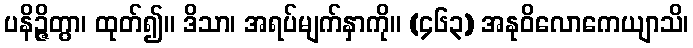
ပနိဉ္ဇိတွာ၊ ထုတ်၍။ ဒိသာ၊ အရပ်မျက်နှာကို။ (၄၆၃) အနုဝိလောကေယျာသိ၊